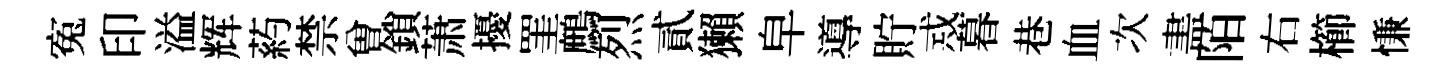
寃印溢辉葯禁曽鎖萧擾罣鷓烈貳獺皁導貯𢦶暮巷血次𥁞陌右櫛慊